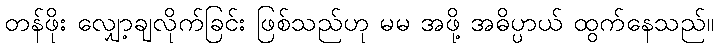
တန်ဖိုး လျှော့ချလိုက်ခြင်း ဖြစ်သည်ဟု မမ အဖို့ အဓိပ္ပာယ် ထွက်နေသည်။